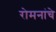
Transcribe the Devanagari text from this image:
रोमनांचे